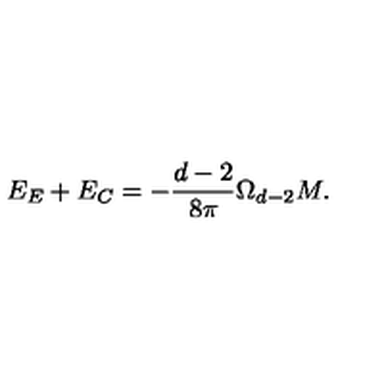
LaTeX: E _ { E } + E _ { C } = - \frac { d - 2 } { 8 \pi } \Omega _ { d - 2 } M .